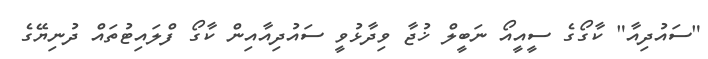
"ސައުދިއާ" ކާގޯގެ ސީއީއޯ ނަބީލް ޚުޖާ ވިދާޅުވީ ސައުދިއާއިން ކާގޯ ފްލައިޓުތައް ދުނިޔޭގެ